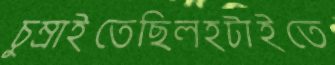
চুম্‌রাইতেছিলহটাইতে